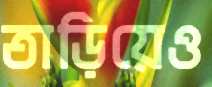
তাড়িয়েও